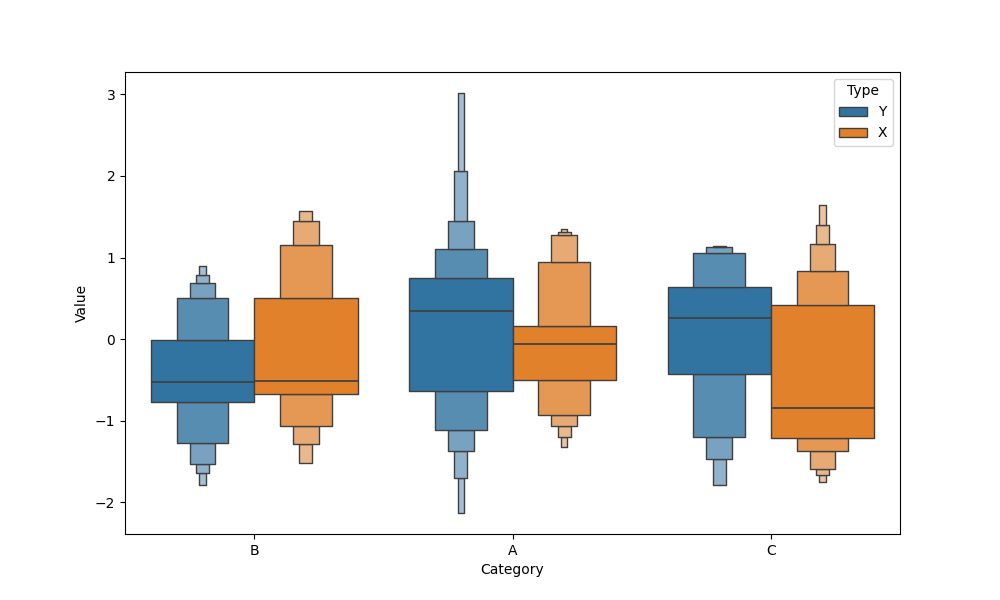
python, seaborn, boxenplot, k_depth='full', linewidth=1, scale='exponential', outlier_prop=0.1, showfliers=True